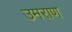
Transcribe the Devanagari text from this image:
उमराण